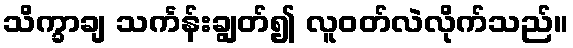
သိက္ခာချ သင်္ကန်းချွတ်၍ လူဝတ်လဲလိုက်သည်။